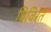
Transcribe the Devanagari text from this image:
विविरत